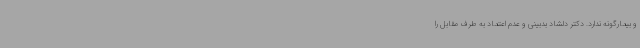
و بیمارگونه ندارد. دکتر دلشاد بدبینی و عدم اعتماد به طرف مقابل را